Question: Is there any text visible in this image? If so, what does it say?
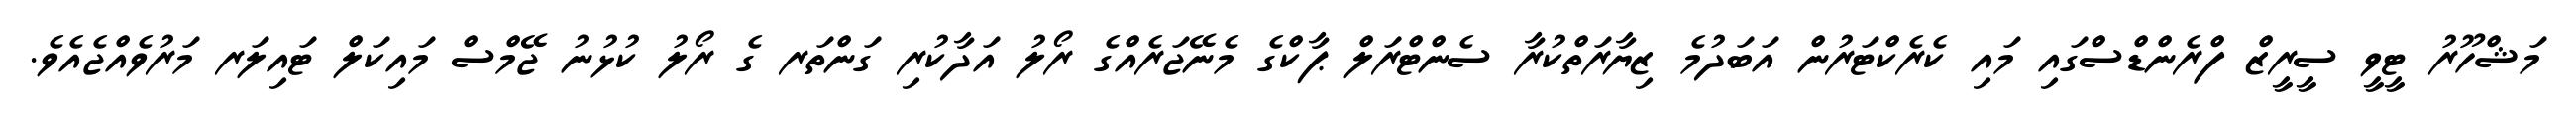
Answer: މަޝްހޫރު ޓީވީ ސީރީޒް ފްރެންޑްސްގައި މައި ކެރެކްޓަރުން އަބަދުމެ ޒިޔާރަތްކުރާ ސެންޓްރަލް ޕާކްގެ މެނޭޖަރެއްގެ ރޯލު އަދާކުރި ގަންތަރ ގެ ރޯލު ކުޅުނު ޖޭމްސް މައިކަލް ޓައިލަރ މަރުވެއްޖެއެވެ.